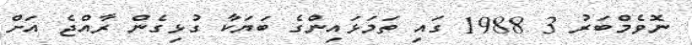
ނޮވެމްބަރު 3 1988 ގައި ތަމަޅައިންގެ ބަޔަކާ ގުޅިގެން ރާއްޖެ އަށް